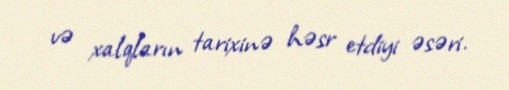
və xalqların tarixinə həsr etdiyi əsəri.